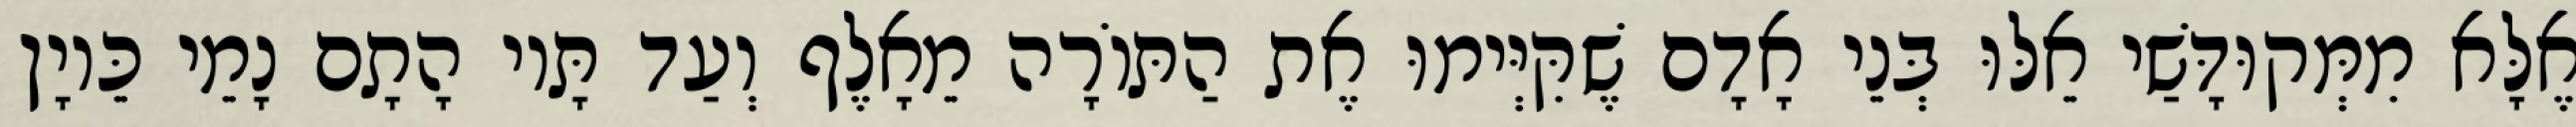
אֶלָּא מִמְּקוּדָּשַׁי אֵלּוּ בְּנֵי אָדָם שֶׁקִּיְּימוּ אֶת הַתּוֹרָה מֵאָלֶף וְעַד תָּיו הָתָם נָמֵי כֵּיוָן